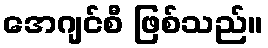
အေဂျင်စီ ဖြစ်သည်။